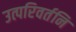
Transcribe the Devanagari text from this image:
उत्परिवर्तनि